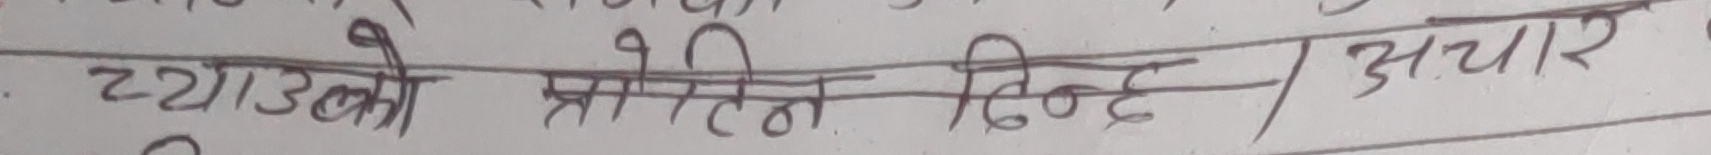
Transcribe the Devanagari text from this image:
च्याउको प्रोटिन पिन्ड / अचार